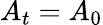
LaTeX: A_{t}=A_{0}